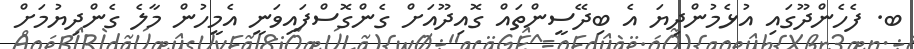
ބ. ފެހެންދޫގައި އުޅެމުންދިޔަ އެ ބިދޭސީންތައް ގޮއިދޫއަށް ގެންގޮސްފައިވަނީ އެމީހުން މާލެ ގެންދިޔުމަށް